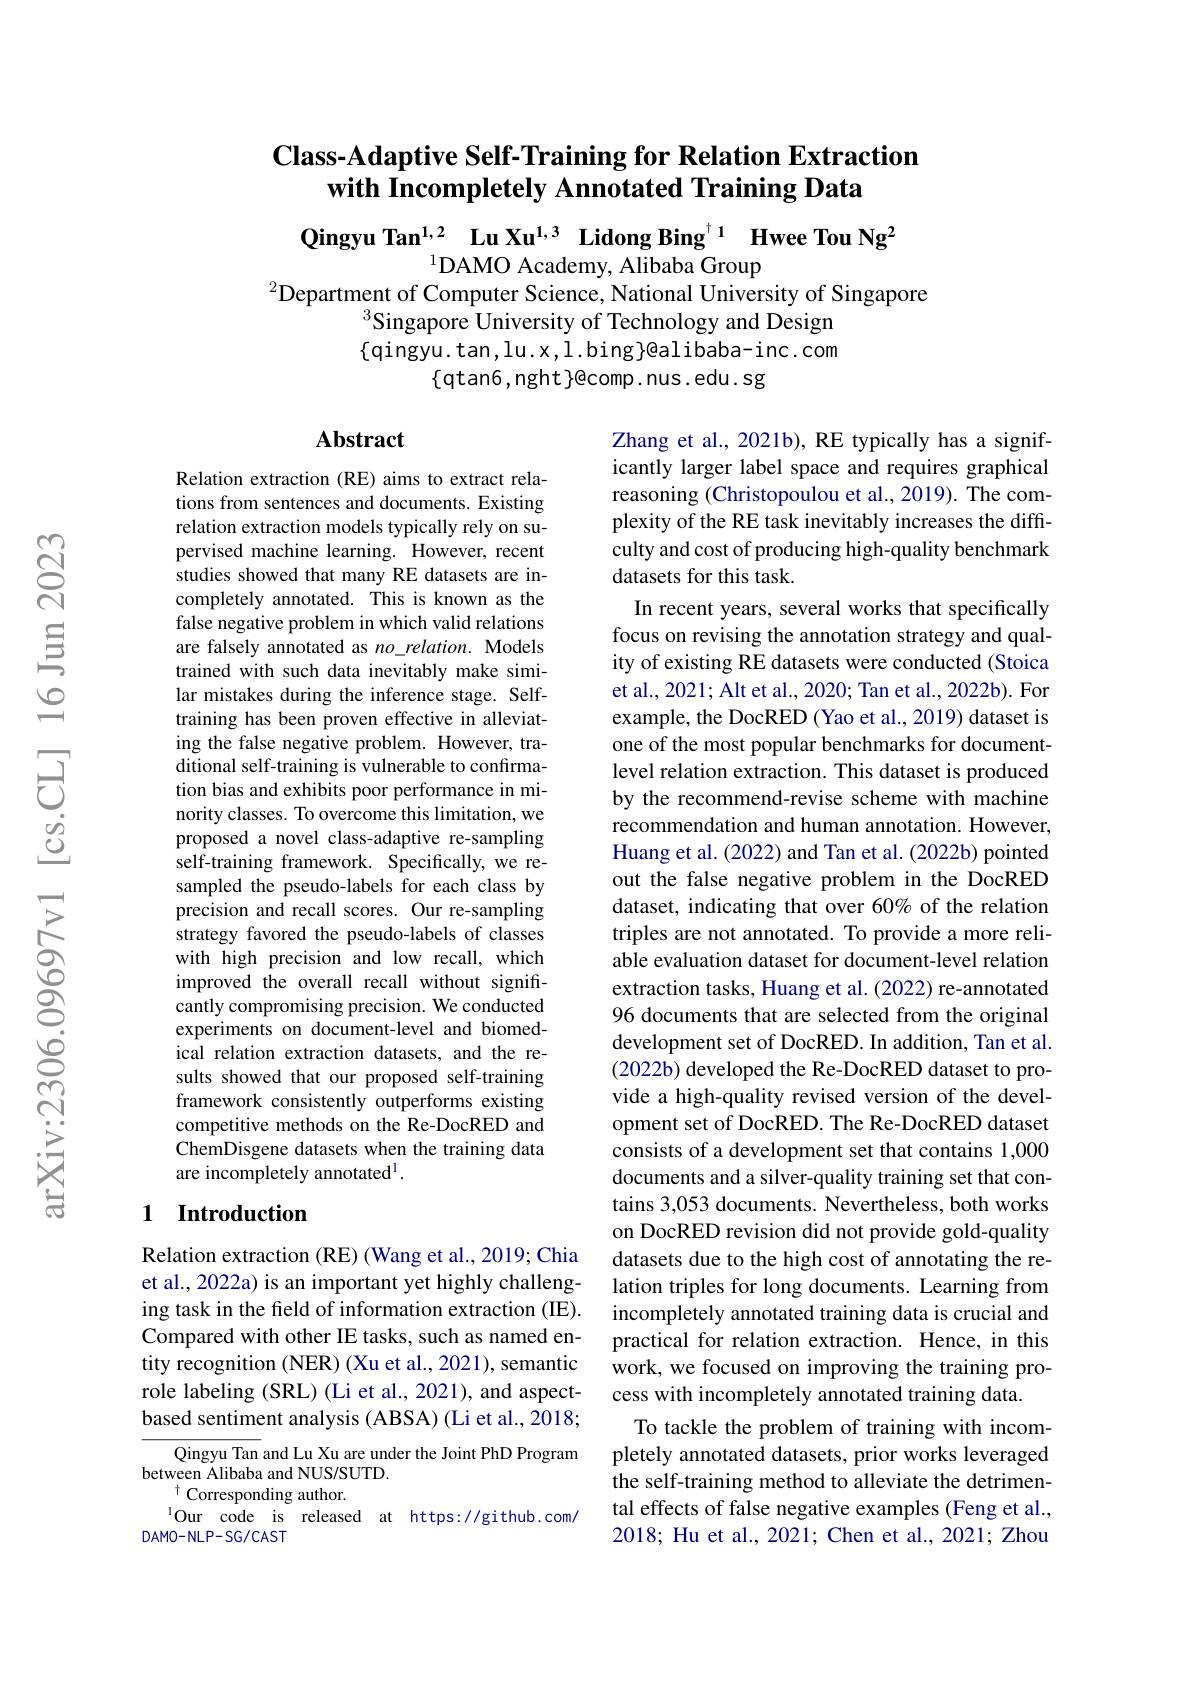
### $\textbf{Class- Adaptive Self- Training for Relation Extraction}$ with Incompletely Annotated Training Data

Qingyu Tan$^{1,2}$ Lu Xu$^{1,3}$ Lidong Bing$^{\dagger1}$ Hwee Tou Ng$^2$

$^{1}$DAMO Academy, Alibaba Group
$^{2}$Department of Computer Science, National University of Singapore
$^{3}$Singapore University of Technology and Design $\{$qingyu.tan,lu.x,l.bing$\}$@alibaba-inc.com
$\{$qtan6, nght$\}$@comp. nus. edu. sg

### $\mathbf{Abstract}$

Relation extraction (RE) aims to extract relations from sentences and documents. Existing relation extraction models typically rely on supervised machine learning. However, recent studies showed that many RE datasets are incompletely annotated. This is known as the false negative problem in which valid relations are falsely annotated as no\_relation. Models trained with such data inevitably make similar mistakes during the inference stage. Selftraining has been proven effective in alleviating the false negative problem. However, traditional self-training is vulnerable to confirmation bias and exhibits poor performance in minority classes. To overcome this limitation, we proposed a novel class-adaptive re-sampling self-training framework. Specifically, we resampled the pseudo-labels for each class by precision and recall scores. Our re-sampling strategy favored the pseudo-labels of classes with high precision and low recall, which improved the overall recall without significantly compromising precision. We conducted experiments on document-level and biomedical relation extraction datasets, and the results showed that our proposed self-training framework consistently outperforms existing competitive methods on the Re-DocRED and ChemDisgene datasets when the training data are incompletely annotated$^1.$

Zhang et al., 2021b), RE typically has a significantly larger label space and requires graphical reasoning (Christopoulou et al., 2019). The complexity of the RE task inevitably increases the diffculty and cost of producing high-quality benchmark datasets for this task.
In recent years, several works that specifically focus on revising the annotation strategy and quality of existing RE datasets were conducted (Stoica et al., 2021; Alt et al., 2020; Tan et al., 2022b). For example, the DocRED (Yao et al., 2019) dataset is one of the most popular benchmarks for documentlevel relation extraction. This dataset is produced by the recommend-revise scheme with machine recommendation and human annotation. However, Huang et al. (2022) and Tan et al. (2022b) pointed out the false negative problem in the DocRED dataset, indicating that over 60% of the relation triples are not annotated. To provide a more reliable evaluation dataset for document-level relation extraction tasks, Huang et al. (2022) re-annotated 96 documents that are selected from the original development set of DocRED. In addition, Tan et al. (2022b) developed the Re-DocRED dataset to provide a high-quality revised version of the development set of DocRED. The Re-DocRED dataset consists of a development set that contains 1,000 documents and a silver-quality training set that contains 3,053 documents. Nevertheless, both works on DocRED revision did not provide gold-quality datasets due to the high cost of annotating the relation triples for long documents. Learning from incompletely annotated training data is crucial and practical for relation extraction. Hence, in this work, we focused on improving the training process with incompletely annotated training data
To tackle the problem of training with incompletely annotated datasets, prior works leveraged the self-training method to alleviate the detrimental effects of false negative examples (Feng et al., 2018; Hu et al., 2021; Chen et al., 2021; Zhou

## 1 Introduction

Relation extraction (RE) (Wang et al., 2019; Chia et al., 2022a) is an important yet highly challenging task in the field of information extraction (IE). Compared with other IE tasks, such as named entity recognition (NER) (Xu et al., 2021), semantic role labeling (SRL) (Li et al., 2021), and aspectbased sentiment analysis (ABSA) (Li et al., 2018;

Qingyu Tan and Lu Xu are under the Joint PhD Program
between Alibaba and NUS/SUTD.
$^{\dagger}$Corresponding author.
$^{1}$Our code is released at https://github.com/
DAMO-NLP-SG/CAST